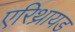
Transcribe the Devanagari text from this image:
एरिथ्रायड